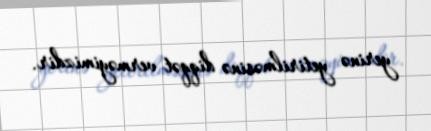
yerinə yetirilməsinə diqqət verməyimizdir.